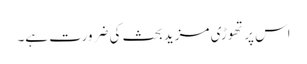
اس پر تھوڑی مزید بحث کی ضرورت ہے۔